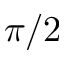
\pi / 2